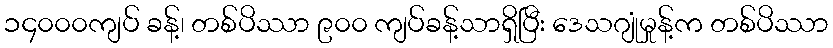
၁၄၀၀၀ကျပ် ခန့်၊ တစ်ပိဿာ ၉၀၀ ကျပ်ခန့်သာရှိပြီး ဒေသဂျုံမှုန့်က တစ်ပိဿာ